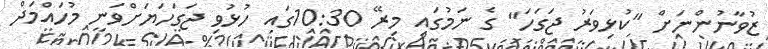
ޒުވާނުންނަށް "ކުޅިވަރު ޖަގަހަ" ގެ ނަމުގައި މިރޭ 10:30ގައި ހުޅުވި ޖަގަހަޔަށްވަނީ މުހައްމަދް